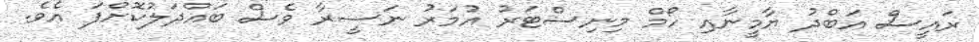
ރައީސް އަބްދު ޔާމީނާއި ހޯމް މިނިސްޓަރު އުމަރު ނަސީރާ ވެސް ބައްދަލުކޮށްފަ އެވެ.